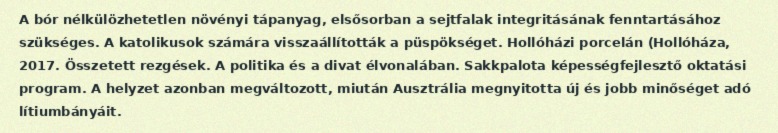
A bór nélkülözhetetlen növényi tápanyag, elsősorban a sejtfalak integritásának fenntartásához szükséges. A katolikusok számára visszaállították a püspökséget. Hollóházi porcelán (Hollóháza, 2017. Összetett rezgések. A politika és a divat élvonalában. Sakkpalota képességfejlesztő oktatási program. A helyzet azonban megváltozott, miután Ausztrália megnyitotta új és jobb minőséget adó lítiumbányáit.